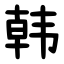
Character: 韩